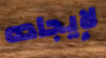
لإيجاده